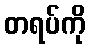
တရပ်ကို